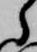
ら